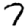
Digit: 7